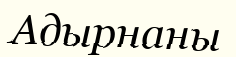
Адырнаны